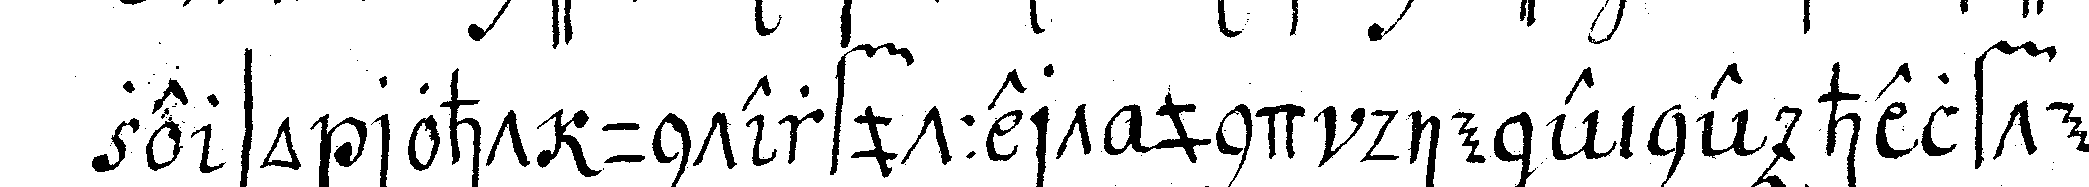
ze so roht unterfuttert und die eine helfte